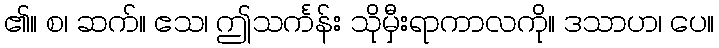
၏။ စ၊ ဆက်။ ဧသ၊ ဤသင်္ကန်း သိုမှီးရာကာလကို။ ဒသာဟ၊ ပေ။